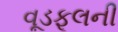
વૂડફૂલની